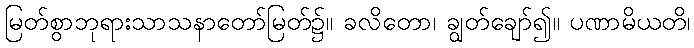
မြတ်စွာဘုရားသာသနာတော်မြတ်၌။ ခလိတော၊ ချွတ်ချော်၍။ ပဏာမိယတိ၊